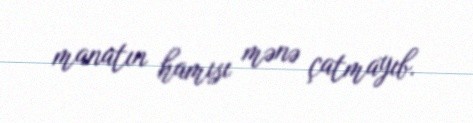
manatın hamısı mənə çatmayıb.